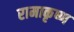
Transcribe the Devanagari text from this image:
रामाकृष्ण